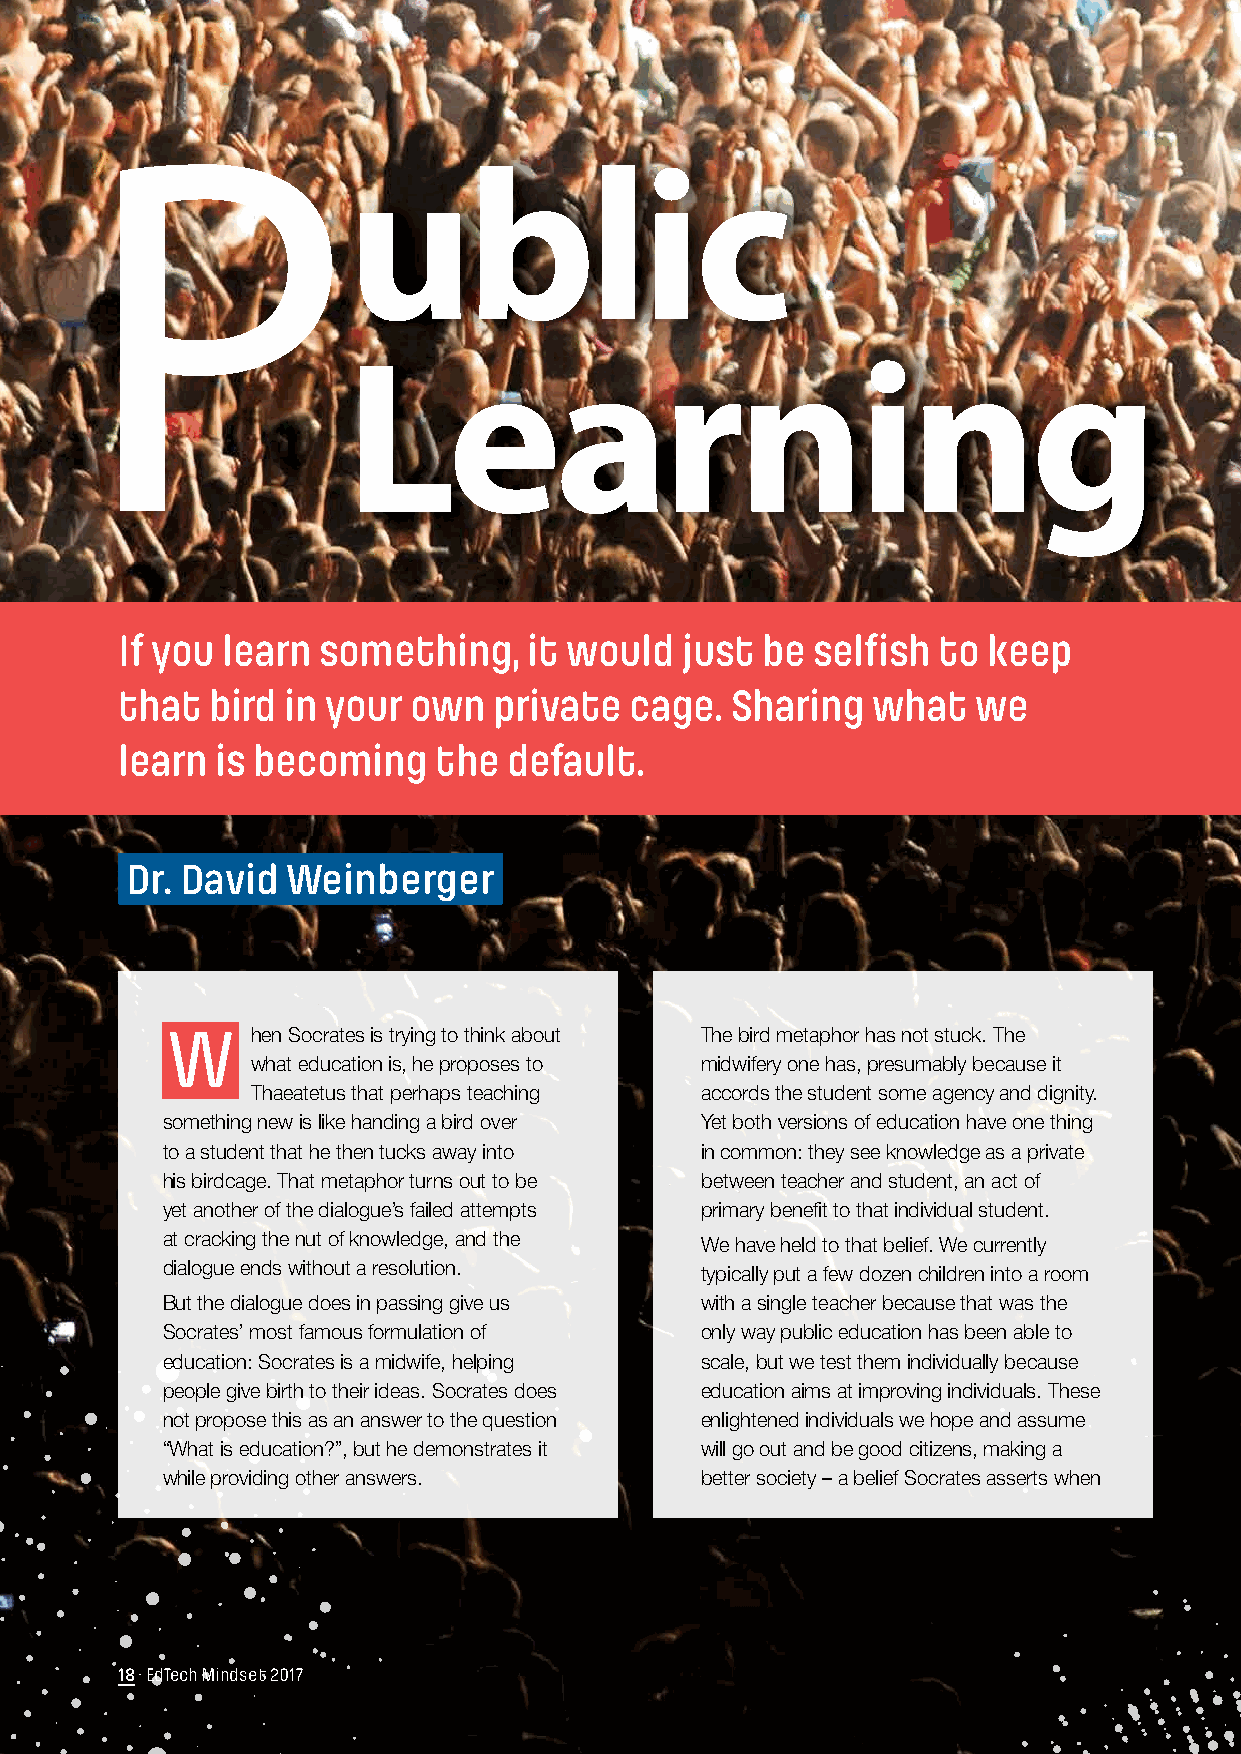
P
 ublic
 Learning
 If you learn something,    it would  just be  selfish to keep
 that  bird in your own   private  cage. Sharing   what   we
 learn is becoming    the  default.
 Dr. David  Weinberger
 W     hen Socrates is trying to think about The bird metaphor has not stuck. The
 what education is, he proposes to midwifery one has, presumably because it
 Thaeatetus that perhaps teaching accords the student some agency and dignity.
 something new is like handing a bird over Yet both versions of education have one thing
 to a student that he then tucks away into in common: they see knowledge as a private
 his birdcage. That metaphor turns out to be between teacher and student, an act of
 yet another of the dialogue’s failed attempts primary benefit to that individual student.
 at cracking the nut of knowledge, and the We have held to that belief. We currently
 dialogue ends without a resolution. typically put a few dozen children into a room
 But the dialogue does in passing give us with a single teacher because that was the
 Socrates’ most famous formulation of only way public education has been able to
 education: Socrates is a midwife, helping scale, but we test them individually because
 people give birth to their ideas. Socrates does education aims at improving individuals. These
 not propose this as an answer to the question enlightened individuals we hope and assume
 “What is education?”, but he demonstrates it will go out and be good citizens, making a
 while providing other answers.     better society – a belief Socrates asserts when
 18 · EdTech Mindset 2017